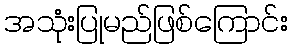
အသုံးပြုမည်ဖြစ်ကြောင်း